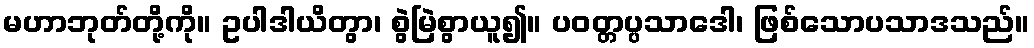
မဟာဘုတ်တို့ကို။ ဥပါဒါယိတွာ၊ စွဲမြဲစွာယူ၍။ ပဝတ္တပ္ပသာဒေါ၊ ဖြစ်သောပသာဒသည်။